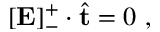
[ \mathbf { E } ] _ { - } ^ { + } \cdot \hat { \mathbf { t } } = 0 ~ ,